Scottish Leaving Certificate Examination, 1956
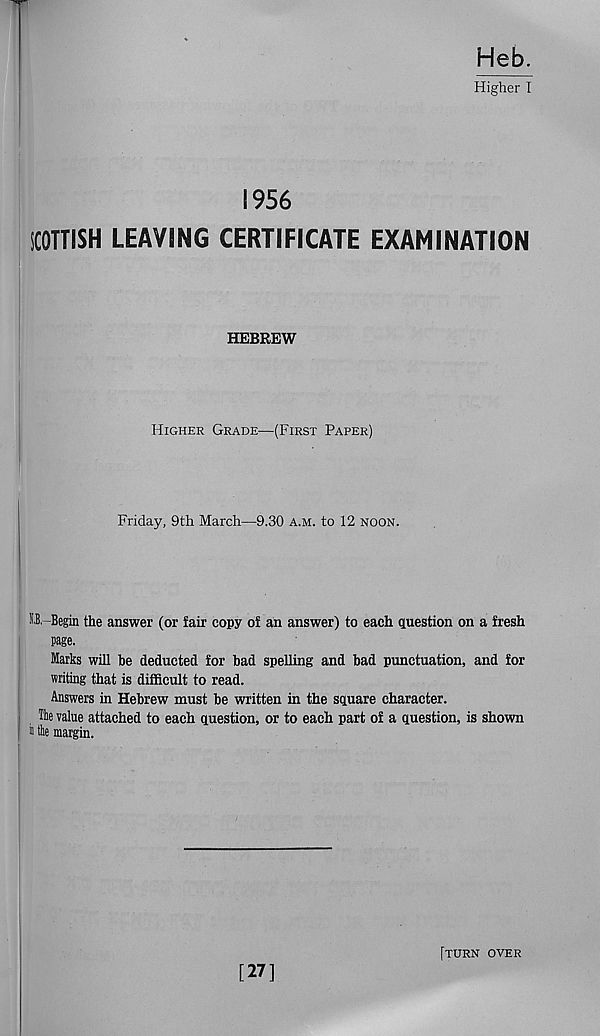
Heb.
Higher I
1956
SCOTTISH LEAVING CERTIFICATE EXAMINATION
HEBREW
Higher Grade—(First Paper)
Friday, 9th March—9.30 a.m. to 12 noon.
M-Begin the answer (or fair copy of an answer) to each question on a fresh
page.
Marks will be deducted for bad spelling and bad punctuation, and for
writing that is difficult to read.
Answers in Hebrew must be written in the square character.
The value attached to each question, or to each part of a question, is shown
i n the margin.
[27]
[turn over